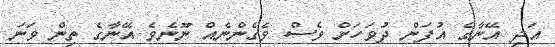
އަދި އޭނާގެ އުފަން ދުވަހަށް ވެސް ވެގެންނެއް ނޫނެވެ އޭނާގެ ތިން ވަނަ